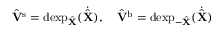
\hat { \mathbf { V } } { ^ { \mathrm { s } } } = \mathrm { d e x p } _ { \hat { \mathbf { X } } } ( \dot { \hat { \mathbf { X } } } ) , \ \ \ \hat { \mathbf { V } } { ^ { \mathrm { b } } } = \mathrm { d e x p } _ { - \hat { \mathbf { X } } } ( \dot { \hat { \mathbf { X } } } )